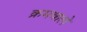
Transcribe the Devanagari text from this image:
क्रमवाले